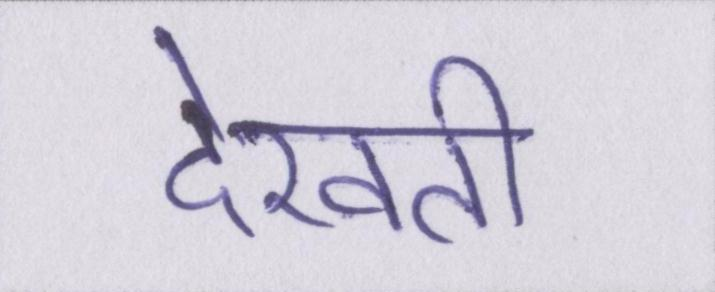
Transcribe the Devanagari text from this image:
देखती